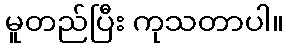
မူတည်ပြီး ကုသတာပါ။